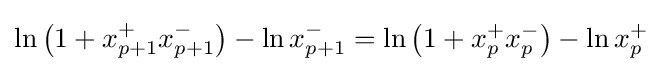
\ln \left(1+x_{p+1}^{+}x_{p+1}^{-}\right)-\ln x_{p+1}^{-}=\ln \left(1+x_{p}^{+}x_{p}^{-}\right)-\ln x_{p}^{+}